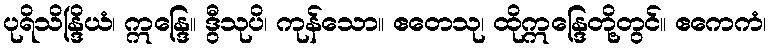
ပုရိသိန္ဒြိယံ၊ ဣန္ဒြေ။ ဒွီသုပိ၊ ကုန်သော။ ဧတေသု၊ ထိုဣန္ဒြေတို့တွင်။ ဧကေကံ၊